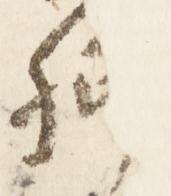
卿